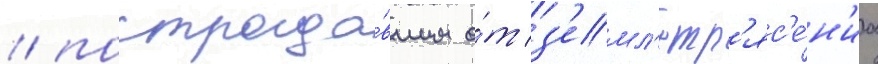
/ пострада́вшим о́т з'емл'етр'яс'е́н'иа